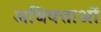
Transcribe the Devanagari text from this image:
अधिवत्ताओं